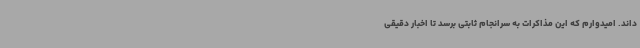
‌داند. امیدوارم که این مذاکرات به سرانجام ثابتی برسد تا اخبار دقیقی